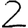
Digit: 2